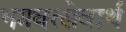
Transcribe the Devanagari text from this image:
भगवत्सेवार्थ